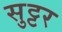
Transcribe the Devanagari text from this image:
सुट्टर